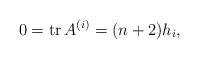
LaTeX: \begin{gather*}0 = \operatorname{tr} A^{(i)} = (n+2)h_i,\end{gather*}